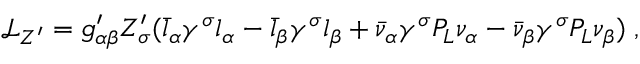
\mathscr { L } _ { Z ^ { \prime } } = g _ { \alpha \beta } ^ { \prime } Z _ { \sigma } ^ { \prime } ( \bar { l } _ { \alpha } \gamma ^ { \sigma } l _ { \alpha } - \bar { l } _ { \beta } \gamma ^ { \sigma } l _ { \beta } + \bar { \nu } _ { \alpha } \gamma ^ { \sigma } P _ { L } \nu _ { \alpha } - \bar { \nu } _ { \beta } \gamma ^ { \sigma } P _ { L } \nu _ { \beta } ) \; ,